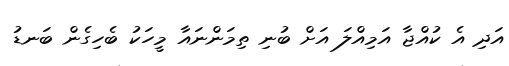
އަދި އެ ކުއްޖާ އަމިއްލަ އަށް ބުނި ތިމަންނައާ މީހަކު ބެހިގެން ބަނޑު